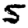
Digit: 5